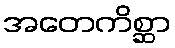
အတေကိစ္ဆာ